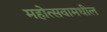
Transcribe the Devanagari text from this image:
महोत्सवामधील